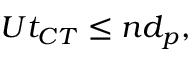
U t _ { C T } \leq n d _ { p } ,